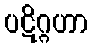
ပဋိဂ္ဂဟာ